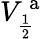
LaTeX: V_{\frac{1}{2}}^{\mathrm{~a~}}